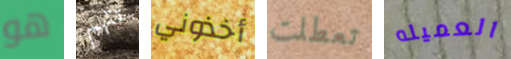
هو تتهم أخذوني تعطلت العميله